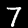
Label: 7